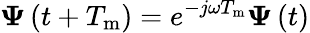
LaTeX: \boldsymbol{\Psi}\left(t+T_{\mathrm{m}}\right)=e^{-j\omega T_{\mathrm{m}}}\boldsymbol{\Psi}\left(t\right)